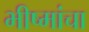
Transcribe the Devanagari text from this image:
भीष्मांचा